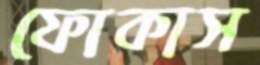
ফোকাস